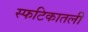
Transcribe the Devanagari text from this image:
स्फटिकातली